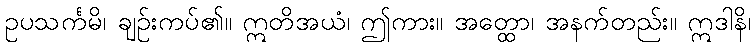
ဥပသင်္ကမိ၊ ချဉ်းကပ်၏။ ဣတိအယံ၊ ဤကား။ အတ္ထော၊ အနက်တည်း။ ဣဒါနိ၊